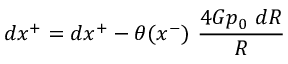
d x ^ { + } = d x ^ { + } - \theta ( x ^ { - } ) ~ { \frac { 4 G p _ { 0 } ~ d R } { R } }